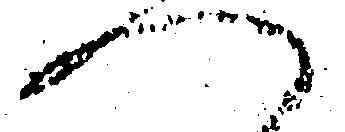
へ